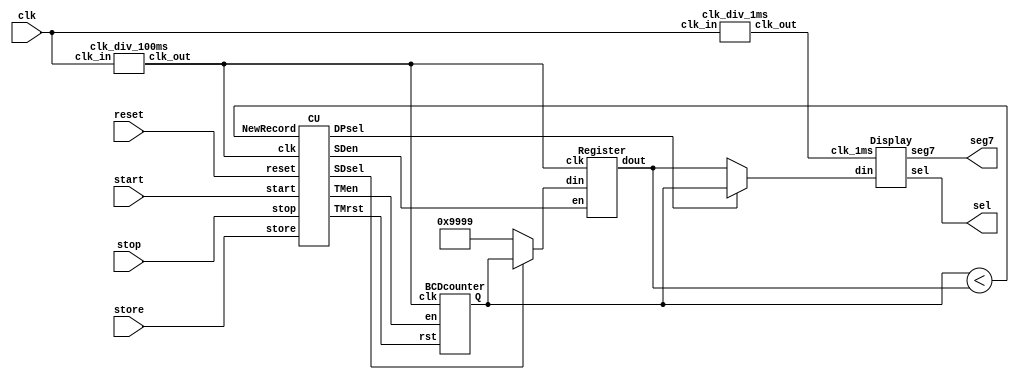
`timescale 1ns / 1ps
module motion_chart(
    input clk,
    input start,
    input stop,
    input store,
    input reset,
    output [3:0] sel,
    output [6:0] seg7
);
    wire clk_1ms,clk_100ms;
    wire SDsel, // 1 
    SDen, // 1 
    DPsel, // 1 
    TMen, // 1 
    TMrst, // 1 
    NewRecord;
    wire[15:0] TM_dout,SD_dout;
    clk_div_1ms u_clk_div_1ms(.clk_in(clk), .clk_out(clk_1ms));
    clk_div_100ms u_clk_div_100ms(.clk_in(clk), .clk_out(clk_100ms));
    CU u_cu(.clk(clk_100ms), .start(start), .stop(stop), .store(store), .reset(reset), .NewRecord(TM_dout<SD_dout),
        .SDsel(SDsel), .SDen(SDen), .DPsel(DPsel), .TMen(TMen), .TMrst(TMrst));
    BCDcounter u_cnt(.clk(clk_100ms), .en(TMen), .rst(TMrst), .Q(TM_dout));
    Register u_reg(.clk(clk_100ms), .en(SDen), .din(SDsel?TM_dout:16'h9999), .dout(SD_dout));
    Display u_dis(.clk_1ms(clk_1ms), .din(DPsel?TM_dout:SD_dout), .sel(sel), .seg7(seg7));
endmodule

module Display(
    input clk_1ms,
    input[15:0] din,
    output reg[3:0] sel,
    output reg[6:0] seg7
);
    reg[1:0] s = 0;
    reg[3:0] digit = 0;
    always@(*)begin
        case(s)
            0:digit <= din[3:0];
            1:digit <= din[7:4];
            2:digit <= din[11:8];
            3:digit <= din[15:12];
            default:digit <= din[3:0];
        endcase
    end
    always@(*)begin
        case(digit)
            0: seg7 <= 7'h3f;
            1: seg7 <= 7'h06;
            2: seg7 <= 7'h5b;
            3: seg7 <= 7'h4f;
            4: seg7 <= 7'h66;
            5: seg7 <= 7'h6d;
            6: seg7 <= 7'h7d;
            7: seg7 <= 7'h07;
            8: seg7 <= 7'h7f;
            9: seg7 <= 7'h6f;
            'hA: seg7 <= 7'h77;
            'hB: seg7 <= 7'h7c;
            'hC: seg7 <= 7'h39;
            'hD: seg7 <= 7'h5e;
            'hE: seg7 <= 7'h79;
            'hF: seg7 <= 7'h71;
            default: seg7 <= 7'h3f;
        endcase
    end
    always@(*)begin
        sel <= 4'b0000;
        sel[s] <= 1;
    end
    always@(posedge clk_1ms) begin
        s <= s+1;
    end
endmodule

module Register(
    input clk, en,
    input[15:0] din,
    output reg[15:0] dout
);
    always @(posedge clk) begin
        if(en)
            dout<=din;
        else
            dout<=dout;
    end
endmodule

module BCDcounter(
    input clk,en,rst,
    output reg[15:0] Q=16'b0
);
    always @(posedge clk or posedge rst)begin
        if(rst == 1)
            Q<=1'b0;
        else if(en == 1'b0)
            Q=Q;
        else if(en == 1'b1)begin
            if(Q[3:0]<4'd9)
                Q[3:0]<=Q[3:0]+1'b1;
            else begin
                Q[3:0]<=1'b0;
                if(Q[7:4]<4'd5)
                    Q[7:4]<=Q[7:4]+1'b1;
                else begin
                    Q[7:4]<=1'b0;
                    if(Q[11:8]<=4'd9)
                        Q[11:8]<=Q[11:8]+1'b1;
                    else begin
                        Q[11:8]<=1'b0;
                        if(Q[15:12]<4'd5)
                            Q[15:12]<=Q[15:12]+1'b1;
                        else begin
                            Q[15:12]<=1'b0;
                        end
                    end
                end
            end
        end
    end
endmodule

module CU(
    input clk,start,stop,store,reset,NewRecord,
    output reg SDsel,SDen,DPsel,TMen,TMrst
);
    reg[5:0] cs=6'b0;
    reg[5:0] ns=6'b0;
    parameter Reset=6'b000001,Count=6'b000010,Stop=6'b000100,Store=6'b001000,Display = 6'b010000,Restart=6'b100000;
    always @(posedge clk or posedge reset) begin // 
        if(reset) cs<=Reset;
        else cs<=ns;
    end
    always @(start or stop or store or reset or NewRecord) // 
    begin
        case(cs)
            Reset:begin
                if(start) ns=Count;
                else if(store) ns=Display;
                else ns=Reset;
            end
            Count:begin
                if(stop) ns=Stop;
                else if(reset) ns=Reset;
                else ns=Count;
            end
            Stop:begin
                if(store && NewRecord) ns = Store;
                else if(store && !NewRecord) ns = Display;
                else if(reset) ns = Reset;
                else if(start) ns = Restart;
                else ns = Stop;
            end
            Store: ns = Display;
            Display:begin
                if(start) ns = Restart;
                else if(reset) ns = Reset;
                else ns = Display;
            end
            Restart: ns = Count;
            default: ns = Reset;
        endcase
    end
    always @(posedge clk)begin // 
        if(cs==Reset){SDsel,SDen,DPsel,TMen,TMrst}<=5'b01101;
        else if(cs==Count){SDsel,SDen,DPsel,TMen,TMrst}<=5'b00110;
        else if(cs==Stop){SDsel,SDen,DPsel,TMen,TMrst}<=5'b00100;
        else if(cs==Store){SDsel,SDen,DPsel,TMen,TMrst}<=5'b11000;
        else if(cs==Display){SDsel,SDen,DPsel,TMen,TMrst}<=5'b00000;
        else if(cs==Restart){SDsel,SDen,DPsel,TMen,TMrst}<=5'b00101;
        else {SDsel,SDen,DPsel,TMen,TMrst}<=5'b01101;
    end
endmodule

module clk_div_1ms(
    input clk_in,
    output reg clk_out
);
    reg[32:0] clk_cnt=0;
    always @(posedge clk_in)
    begin
        if(clk_cnt == 49999)
            begin
                clk_out = ~clk_out;
                clk_cnt = 0;
            end
        else
            clk_cnt = clk_cnt + 1;
    end
endmodule

module clk_div_100ms(
    input clk_in,
    output reg clk_out
);
    reg[32:0] clk_cnt=0;
    always @(posedge clk_in)
    begin
        if(clk_cnt == 4999999)
            begin
                clk_out = ~clk_out;
                clk_cnt = 0;
            end
        else
            clk_cnt = clk_cnt + 1;
    end
endmodule